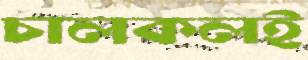
চালকলই